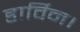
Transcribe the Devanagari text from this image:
डार्विन।